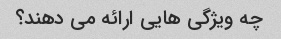
چه ویژگی هایی ارائه می دهند؟